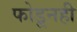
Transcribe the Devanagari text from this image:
फोडूनही